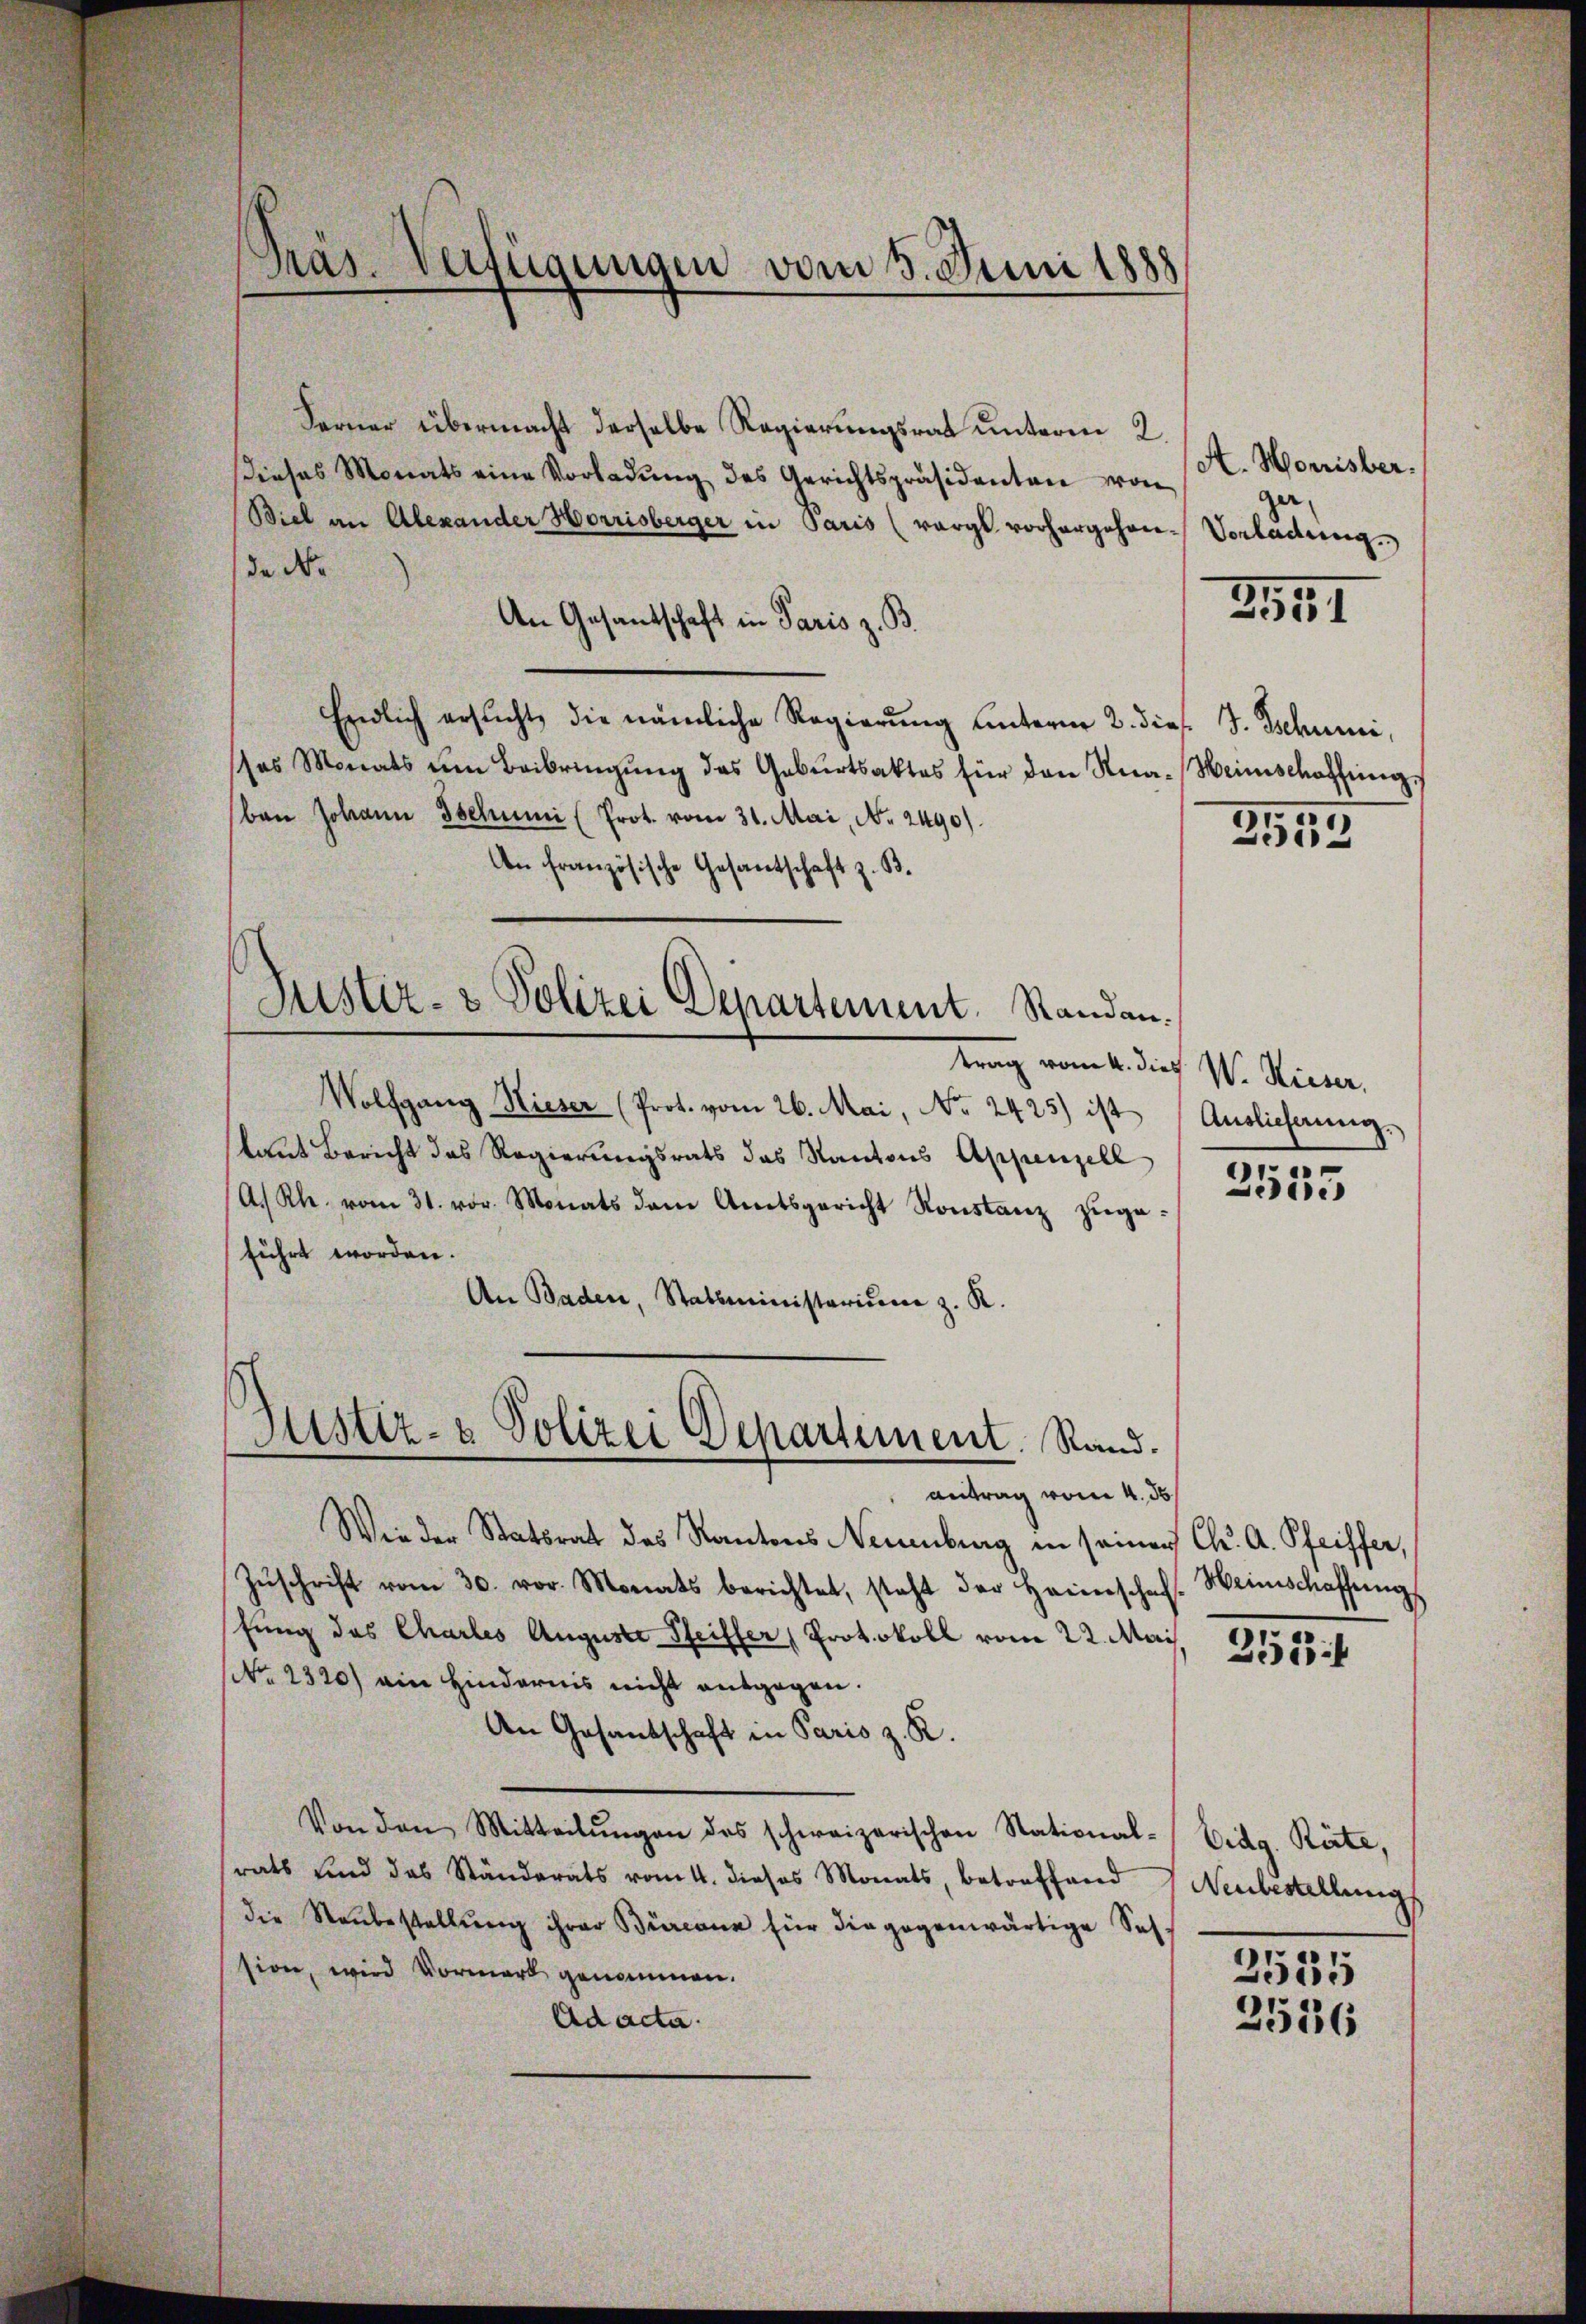
Präs. Verfügungen vom 5. Juni 1888

Justiz- & Polizei Departement. Standen.

Ferner übermacht derselbe Regierungsrat unterm 2.
dieses Monats eine Vorladŭng des Gerichtspräsidenten von
Biel an Alexander Horrisberger in Paris (vorge vorhergehen.
de No
An Gesantschaft in Paris z. B.
Endlich ersŭcht, die nämliche Regierŭng ŭnterne 2. dies J. Tschuni,
ses Monats um Beibringŭng des Gebŭrtsaktes für den Kna-Heimschaffŭng
ban Johann Tschumi (Prot. vom 31. Mai, Nr. 2490)
An französische Gesandtschaft z. B.
trag vom 4. dies V. Rieser,
Wolfgang Hieser (Prot. vom 26. Mai, No. 2425) ist
kaut Bericht des Regierungsrats das Kantons Appenzell
A. Rh. vom 31. vor. Monats dem Amtsgericht Konstanz zugeführt worden.
An Baden, Stabsministerium z. R.
Justiz- & Polizei Departement. Rand.
Antrag vom 4. ds
Wie der Statsrat des Kantons Neuenburg in seiner
Zŭschrift vom 30. vor. Monats berichtet, steht der Heimschaft. Weinschaffŭng
fung des Chartes Auguste Pfeiffer (Protokoll vom 22. Mai
No. 2320) am Hindernis nicht entgegen.
An Gesandschaft in Paris z. R.
Von den Mitteilŭngen des schweizerischen Stational-Eidg. Räte,
rats und das Ständerats vom 4. dieses Monats, betreffend
die Neŭbestellŭng ihrer Burcane für die gegenwärtige Seh-
sion, wird Vormark genommen.
Ad acta.

A. Monrisber.
ger,
Vorladung

2551

3559

Auslieferung

2535

Ch. A. Pfeiffer,

253

Neubestellung

2555
2536